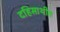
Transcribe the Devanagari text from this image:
दहिसाथीत